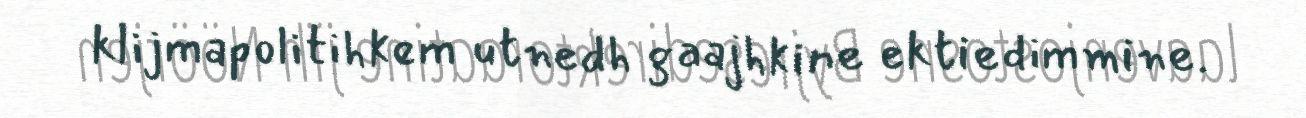
klijmapolitihkem utnedh gaajhkine ektiedimmine.